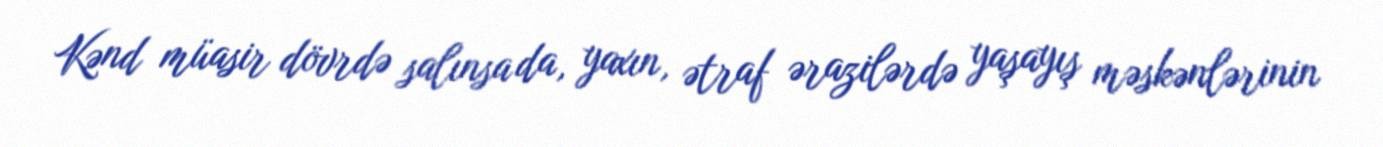
Kənd müasir dövrdə salınsa da, yaxın, ətraf ərazilərdə yaşayış məskənlərinin